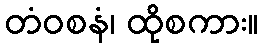
တံဝစနံ၊ ထိုစကား။